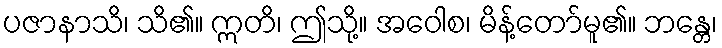
ပဇာနာသိ၊ သိ၏။ ဣတိ၊ ဤသို့။ အဝေါစ၊ မိန့်တော်မူ၏။ ဘန္တေ၊